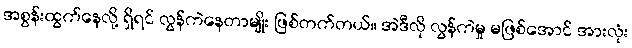
အစွန်းထွက်နေလို့ ရှိရင် လွန်ကဲနေတာမျိုး ဖြစ်တက်တယ်။ အဲဒီလို လွန်ကဲမှု မဖြစ်အောင် အားလုံး